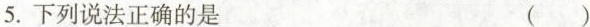
5.下列说法正确的是 ( )